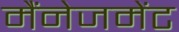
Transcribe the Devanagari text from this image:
मैंनेजमेंट